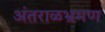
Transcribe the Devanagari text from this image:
अंतराळभ्रमण